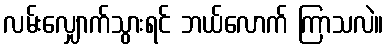
လမ်းလျှောက်သွားရင် ဘယ်လောက် ကြာသလဲ။